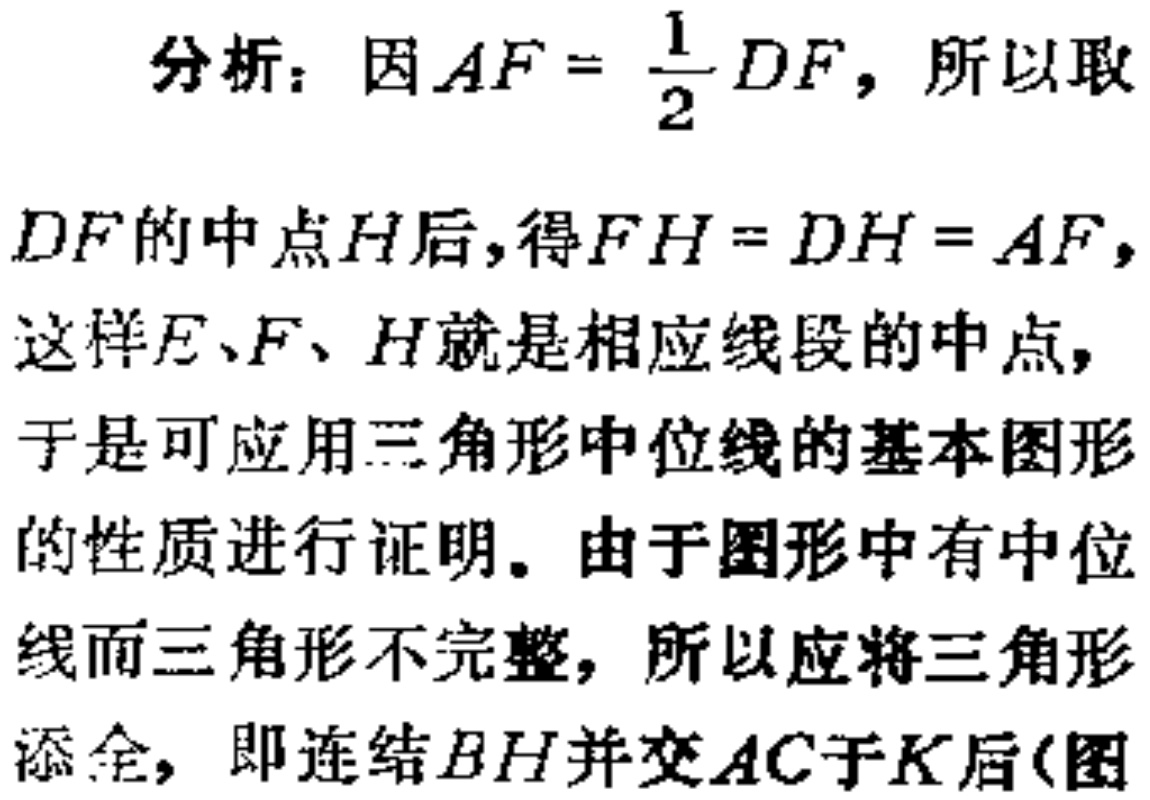
分析：因\(AF = \frac{1}{2}DF\)，所以取
\(DF\)的中点\(H\)后，得\(FH = DH = AF\)，
这样\(E、F、H\)就是相应线段的中点，
于是可应用三角形中位线的基本图形
的性质进行证明。由于图形中有中位
线而三角形不完整，所以应将三角形
添全，即连结\(BH\)并交\(AC\)于\(K\)后(图